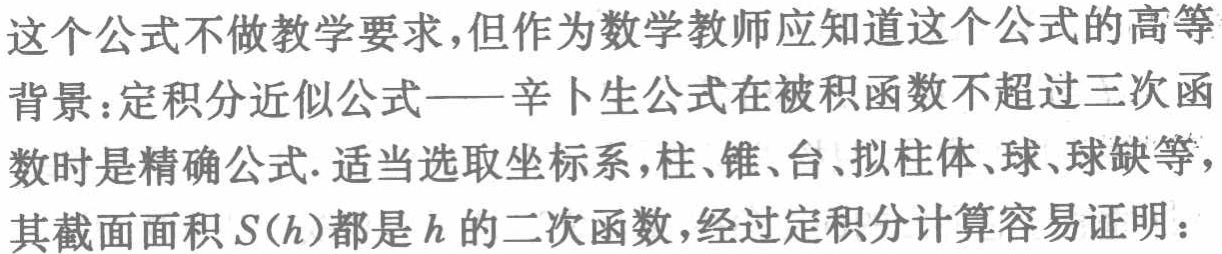
这个公式不做教学要求,但作为数学教师应知道这个公式的高等
背景：定积分近似公式——辛卜生公式在被积函数不超过三次函
数时是精确公式. 适当选取坐标系,柱、锥、台、拟柱体、球、球缺等,
其截面面积\(S(h)\)都是\(h\)的二次函数,经过定积分计算容易证明：